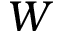
W